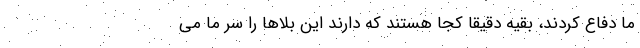
ما دفاع کردند، بقیه دقیقا کجا هستند که دارند این بلاها را سر ما می